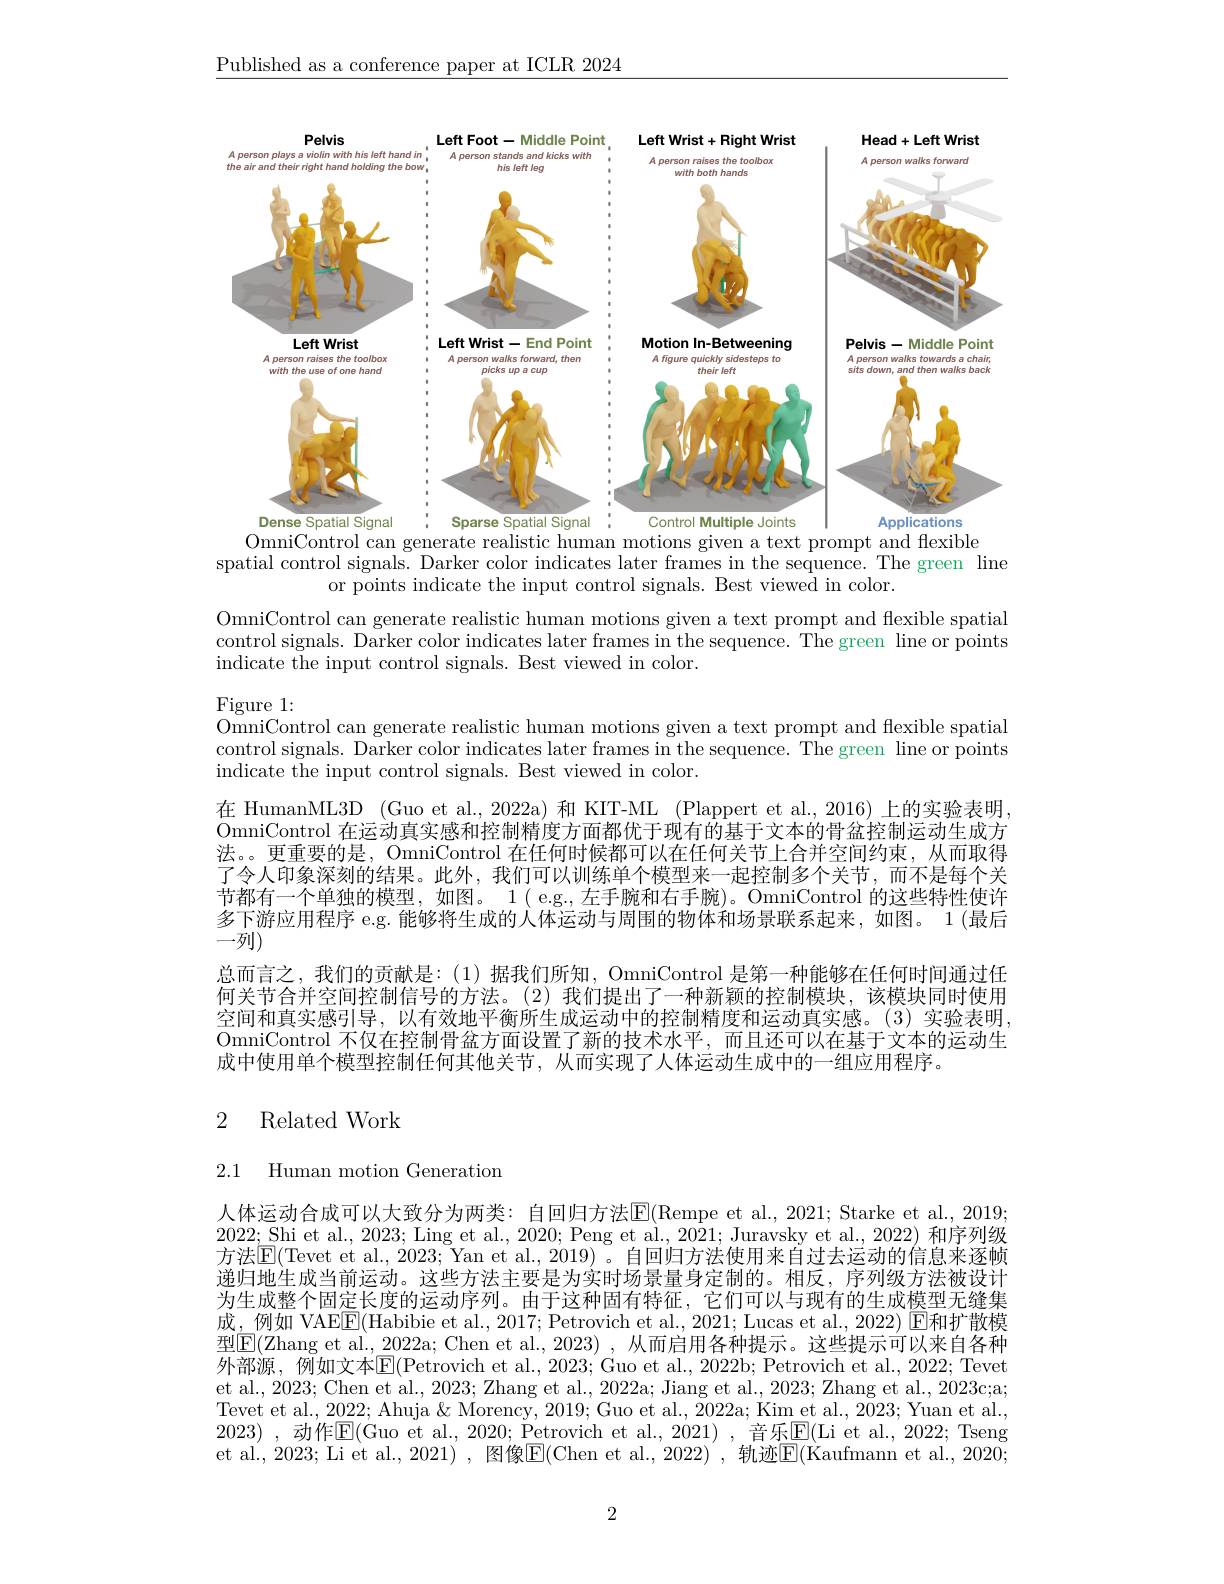
$\underline{\text{Published as a conference paper at ICLR 2024}}$

<FigureHere>
generate

spatial control signals. Darker color indicates later frames in the sequence. The green line
or points indicate the input control signals. Best viewed in color.

OmniControl can generate realistic human motions given a text prompt and flexible spatial control signals. Darker color indicates later frames in the sequence. The green line or points indicate the input control signals. Best viewed in color.

Figure 1:
OmniControl can generate realistic human motions given a text prompt and flexible spatial control signals. Darker color indicates later frames in the sequence. The green line or points indicate the input control signals. Best viewed in color.
在 HumanML3D (Guo et al., 2022a) 和 KIT-ML (Plappert et al., 2016) 上的实验表明， OmniControl 在运动真实感和控制精度方面都优于现有的基于文本的骨盆控制运动生成方法。。更重要的是，OmniControl 在任何时候都可以在任何关节上合并空间约束，从而取得了令人印象深刻的结果。此外，我们可以训练单个模型来一起控制多个关节，而不是每个关节都有一个单独的模型，如图。1( e.g.,左手腕和右手腕)。OmniControl 的这些特性使许多下游应用程序 e.g. 能够将生成的人体运动与周围的物体和场景联系起来，如图。1(最后${\overset{\text{一列}}{\operatorname*{\operatorname*{\longrightarrow}}}}$
总而言之，我们的贡献是：(1)据我们所知，OmniControl 是第一种能够在任何时间通过任何关节合并空间控制信号的方法。(2)我们提出了一种新颖的控制模块，该模块同时使用空间和真实感引导，以有效地平衡所生成运动中的控制精度和运动真实感。(3)实验表明， OmniControl 不仅在控制骨盆方面设置了新的技术水平，而且还可以在基于文本的运动生成中使用单个模型控制任何其他关节，从而实现了人体运动生成中的一组应用程序。

## 2 Related Work

2.1 Human motion Generatiom

人体运动合成可以大致分为两类：自回归方法$\overline{\mathrm{E}}($Rempe et al.,2021; Starke et al., 2019; 2022;Shi et al., 2023; Ling et al., 2020; Peng et al., 2021; Juravsky et al., 2022) 和序列级方法$\overline{\mathrm{E}}($Tevet et al., 2023; Yan et al., 2019) 。自回归方法使用来自过去运动的信息来逐帧递归地生成当前运动。这些方法主要是为实时场景量身定制的。相反，序列级方法被设计为生成整个固定长度的运动序列。由于这种固有特征，它们可以与现有的生成模型无缝集成，例如 VAE$\boxed{\mathrm{F}}($Habibie et al., 2017; Petrovich et al., 2021; Lucas et al., 2022) $\boxed{\mathrm{E}}$和扩散模型$\boxed{\mathrm{F}}($Zhang et al., 2022a; Chen et al., 2023) , 从而启用各种提示。这些提示可以来自各种外部源，例如文本$\overline{\mathrm{E}}($Petrovich et al., 2023; Guo et al., 2022b; Petrovich et al., 2022; Tevet et al., 2023; Chen et al., 2023; Zhang et al., 2022a; Jiang et al., 2023; Zhang et al., 2023c;a; Tevet et al., 2022; Ahuja & Morency, 2019; Guo et al., 2022a; Kim et al., 2023; Yuan et al., 2023) ,动作$\mathbb{E}($Guo et al., 2020; Petrovich et al., 2021) , =乐$\boxed{\mathrm{E}}($Li et al., 2022; Tseng et al., 2023; Li et al., 2021) , 图像$\boxed{\mathrm{E}}($Chen et al., 2022) , 轨迹$\boxed{\mathrm{F}}($Kaufmann et al., 2020;

2